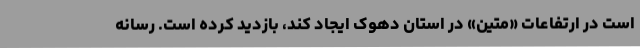
است در ارتفاعات «متین» در استان دهوک ایجاد کند، بازدید کرده است. رسانه